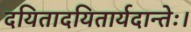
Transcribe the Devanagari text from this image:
दयितादयितार्यदान्तेः।